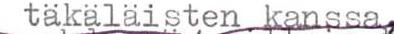
 takalaisten kanssa,